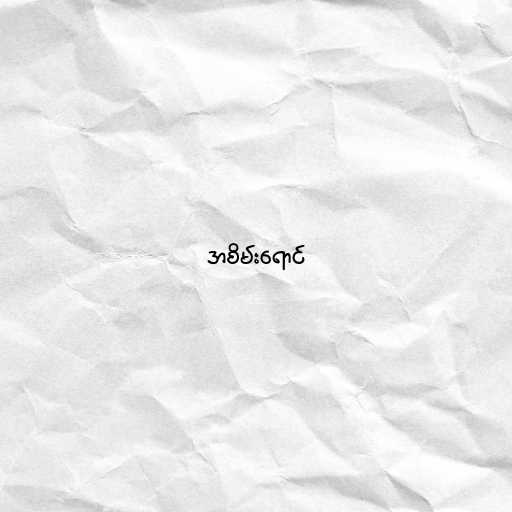
အစိမ်းရောင်